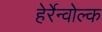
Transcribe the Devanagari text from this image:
हेर्रेन्वोल्क